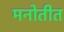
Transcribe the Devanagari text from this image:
मनोतीत